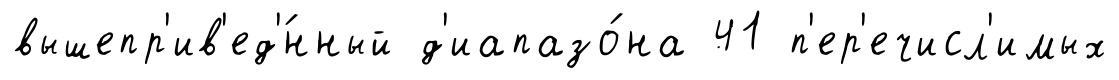
вышепр'ив'ед'́нный д'иапазо́на 41 п'ер'ечисл'имых